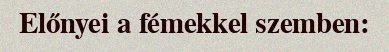
Előnyei a fémekkel szemben: